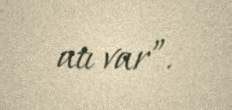
atı var”.